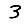
Digit: 3